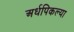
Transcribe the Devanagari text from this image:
अर्धपिकल्या